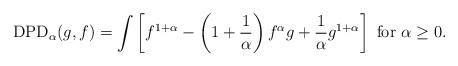
LaTeX: \begin{align*} {\rm DPD}_\alpha(g,f) = \int \left[f^{1+\alpha} - \left(1 + \frac{1}{\alpha}\right) f^\alpha g + \frac{1}{\alpha} g^{1+\alpha}\right] ~{\rm for} ~\alpha \geq 0.\end{align*}